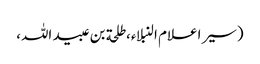
(سیر اعلام النبلاء، طلحة بن عبید اللہ،